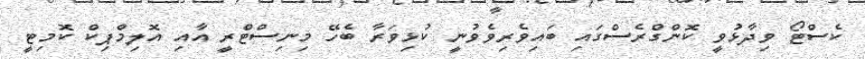
ކެސްޓޯ ވިދާޅުވީ ކޮންގްރެސްގައި ބައިވެރިވެވުނީ ކުޅިވަރާ ބެހޭ މިނިސްޓްރީ އާއި އޮލިމްޕިކް ކޮމިޓީ